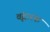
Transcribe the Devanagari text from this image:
वृंदारक